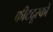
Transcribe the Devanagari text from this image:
कीटदूरकों